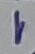
Text: 1